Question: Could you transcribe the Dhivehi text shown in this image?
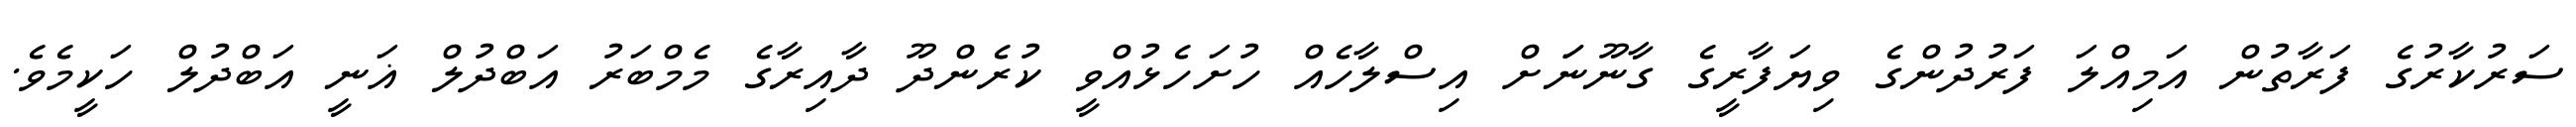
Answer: ސަރުކާރުގެ ފަރާތުން އަމިއްލަ ފަރުދުންގެ ވިޔަފާރީގެ ގާނޫނަަށް އިސްލާހެއް ހުށަހެޅުއްވީ ކުރެންދޫ ދާއިރާގެ މެމްބަރު އަބްދުލް ޣަނީ އަބްދުލް ހަކީމެވެ.